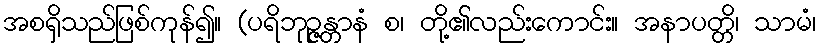
အစရှိသည်ဖြစ်ကုန်၍။ (ပရိဘုဉ္ဇန္တာနံ စ၊ တို့၏လည်းကောင်း။ အနာပတ္တိ၊ သာမံ၊